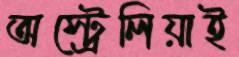
অস্ট্রেলিয়াই